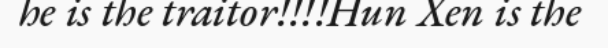
he is the traitor!!!!Hun Xen is the